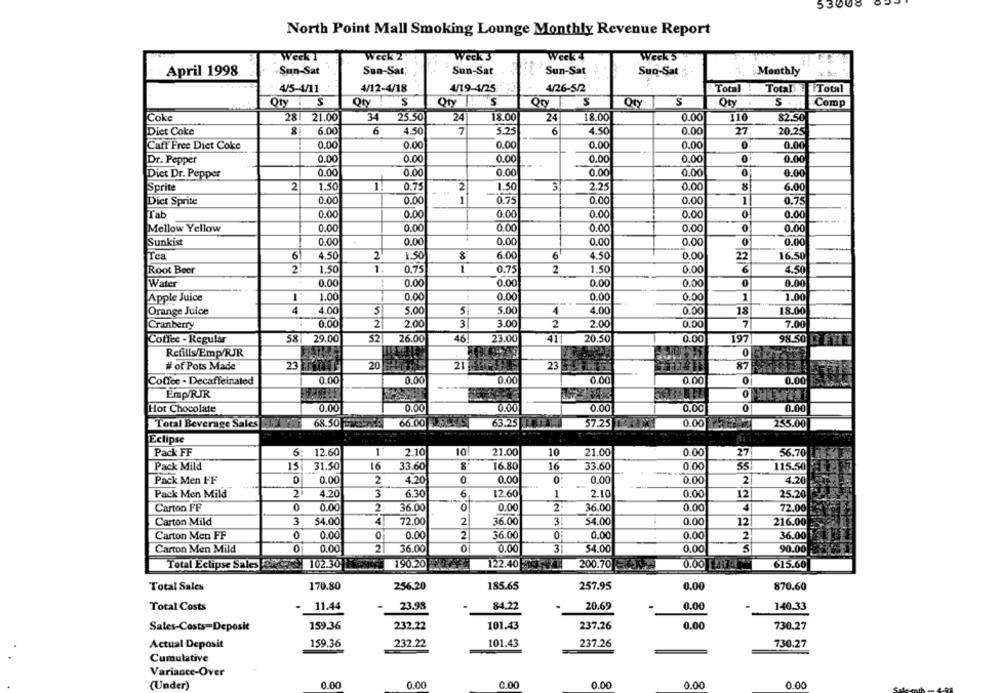
53008
North Point Mall Smoking Lounge Monthly Revenue Report
Week 2
.Weck I
Week 3
Week4
Week'S
April 1998.
Sun-Sat
Sun-Sat;
Sun-Sat
Sun-Sat
Sun-Sat
Monthly
4/5-4/11
4/12-4/18
4/19-4/25
4/26-5/2
Total
TotalTotal
Qty : S
Qty ! S
Qty .. . 'S
Qty
S
Oty
S
Oty.
Comp
Coke
28 21.00
34 25.50
24
18.00
24
18.00
0.00
110
82.50
Diet Coke
6.00
6
4.50
7
5.25
6
4.50
0.00
27
20.25
Caff Free Diet Coke
0.00
0.00
0.00
0.00
0.00
0
0.00
Dr. Pepper
0.00
0.00
0.00
0.00
0.00
0
0.00
0.00
0.00
0.00
0.00
0.00
0
0.00
Dict Dr. Pepper
Sprite
2
1.50
1
0.75
2
1.50
3
2.25
0.00
8
6.00
Dict Sprite
0.00
0.00
1
0.75
0.00
0.00
1
0.75
Tab
0.00
0.00
0.00
0.00
0.00
0
0.00
Mellow Yellow
0.00
0.00
0.00
0.00
0.00
0
0.00
Sunkist
0.00
0.00
0.00
0.00
0.00
0.00
Tea
6
4.50
2
1.50
6.00
4.50
0.00
16.50
22
Root Beer
2
1.50
1
0.75
0.75
2
1.50
0.00
6
4.50
Water
0.00
0.00
0.00
0.00
0.00
0
0.00
1.00
0.00
0.00
0.00
0.00
1
1.00
Apple Juice
Orange Juice
4
4.00
5
5.00
5.00
4
4.00
0.00
18
18.00
Cranberry
0.00
2
2.00
3
3.00
2
2.00
0.00
7
7.00
Coffee - Regular
58 29.00
52
26.00
46
23.00
41
20.50
0.00
197
98.50 ? FYT
Refills/Emp/RJR
# of Pots Made
23
20
21
23
87
Coffee - Decaffeinated
0.00
0.00
0.00
0.00
0.00
0
0.00
Emp/RJR
Hot Chocolate
0.00
0.00
0.001
0.00
0.00
0
0.00
68.50
66.00
63.25
57.25
Total Beverage Sales
0.00
255.00
Eclipse
10
Pack FF
6: 12.60
2.10
10
21.00
21.00
0.00
27!
56.70
Pack Mild
15 31.50
16
33.60
16.80
16
33.60
0.00
55
115.50
Pack Men FF
0
0.00
2
4.20
0
0.00
0.00
0.00
2
4.20
Pack Men Mild
2
4.20
3
6.30
6
12.60
1
2.10
0.00
12
25.20
0
Carton FF
0
0.00
2
36.00
0.00
2
36.00
0.00
4
72.00
12
Carton Mild
3
54.00
4
72.00
2
36.00
3
54.00
0.00
216.00
Carton Men FF
0
0.00
0.00
2
36.00
0.00
0.00
2
36.00
0.00
2
36.00
0
3
5
90.00
Carton Men Mild
0
0.00
54.00
0.00
0.00 7
Total Eclipse Sales
102.30
190.20
122.40
200.70
615.60
Total Sales
170.80
256.20
185.65
257.95
0.00
870.60
Total Costs
11.44
23.98
84.22
20.69
0.00
140.33
Sales-Costs-Deposit
159.36
232.22
101.43
237.26
0.00
730.27
Actual Deposit
159.36
232.22
101.43
237.26
730.27
Cumulative
Variance-Over
(Under)
0.00
0.00
0.00
0.00
0.00
0.00